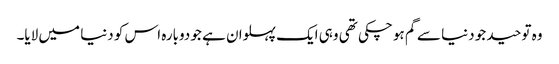
وہ توحید جو دنیا سے گم ہو چکی تھی وہی ایک پہلوان ہے جو دوبارہ اس کو دنیا میں لایا۔